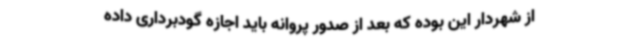
از شهردار این بوده که بعد از صدور پروانه باید اجازه گودبرداری داده